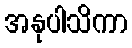
အနုပါသိကာ